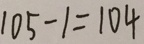
1 0 5 - 1 = 1 0 4